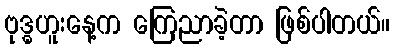
ဗုဒ္ဓဟူးနေ့က ကြေညာခဲ့တာ ဖြစ်ပါတယ်။